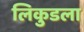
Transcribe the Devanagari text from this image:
लिकुडला